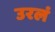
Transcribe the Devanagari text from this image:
उरलं